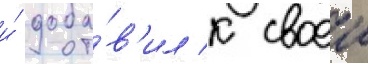
и́ доба́в'ил к своеи